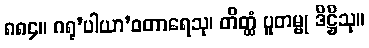
၈၈၄။ ဂရု’ပါယာ’ဝတာရေသု၊ တိတ္ထံ ပူတမ္ဗု ဒိဋ္ဌိသု။